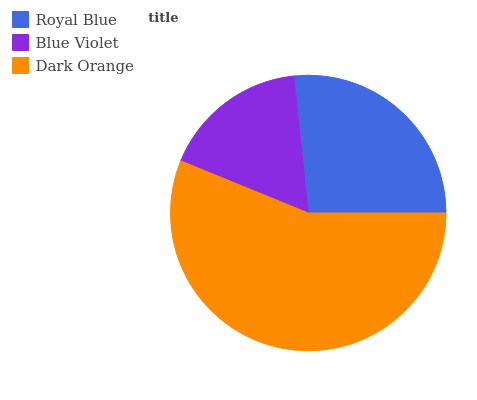
| Royal Blue | Blue Violet | Dark Orange |
 | --- | --- | --- |
 | 26.7% | 17.2% | 56.1% |